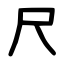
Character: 尺